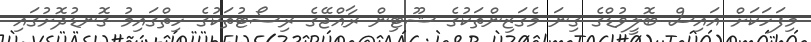
މިފަހަކަށް އައިސް ބޮލީވުޑްގެ ގިނަ މެގަޒިންތަކުގެ ޝޫޓިން ރާއްޖޭގެ ރިސޯޓުތަކުގެ ހިތްގައިމު ގޮނޑުދޮށުގައި